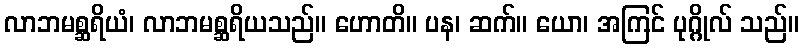
လာဘမစ္ဆရိယံ၊ လာဘမစ္ဆရိယသည်။ ဟောတိ။ ပန၊ ဆက်။ ယော၊ အကြင် ပုဂ္ဂိုလ် သည်။